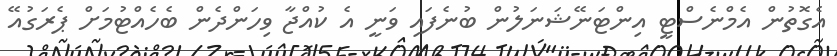
އެގޮތުން އެމްނެސްޓީ އިންޓަނޭޝަނަލުން ބުނެފައި ވަނީ އެ ކުއްޖާ ވިހަންދެން ބެހެއްޓުމަށް ޕެރަގުއޭ